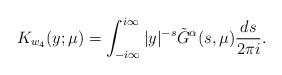
LaTeX: \begin{align*}K_{w_4}(y; \mu) = \int_{-i\infty}^{i\infty} | y|^{-s} \tilde{G}^{\alpha}(s, \mu) \frac{ds}{2\pi i}.\end{align*}